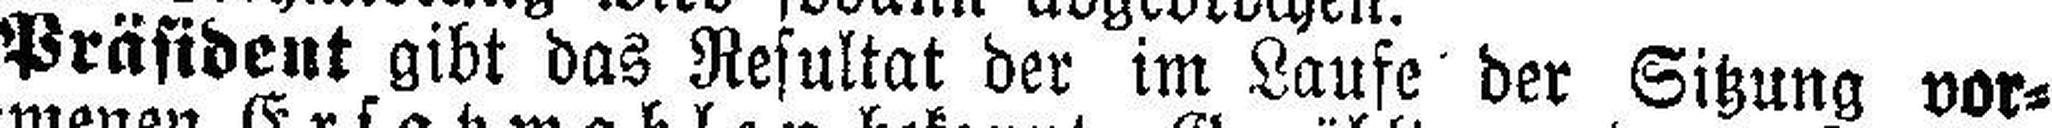
Präsident gibt das Resultat der im Laufe der Sitzung vor¬